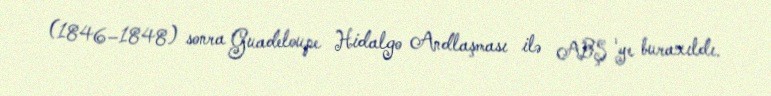
(1846–1848) sonra Guadeloupe Hidalgo Andlaşması ilə ABŞ 'ye buraxıldı.